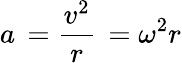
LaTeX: a\, ={\frac{v^{2}}{r}}\, ={\omega^{2}}{r}